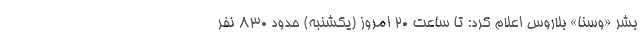
بشر «وسنا» بلاروس اعلام کرد: تا ساعت ۲۰ امروز (یکشنبه) حدود ۸۳۰ نفر